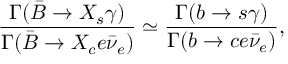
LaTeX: \frac { \Gamma ( \bar { B } \rightarrow X _ { s } \gamma ) } { \Gamma ( \bar { B } \rightarrow X _ { c } e \bar { \nu } _ { e } ) } \simeq \frac { \Gamma ( b \rightarrow s \gamma ) } { \Gamma ( b \rightarrow c e \bar { \nu } _ { e } ) } ,